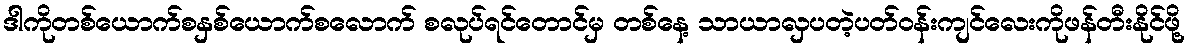
ဒါကိုတစ်ယောက်စနှစ်ယောက်စလောက် စလုပ်ရင်တောင်မှ တစ်နေ့ သာယာလှပတဲ့ပတ်ဝန်းကျင်လေးကိုဖန်တီးနိုင်ဖို့